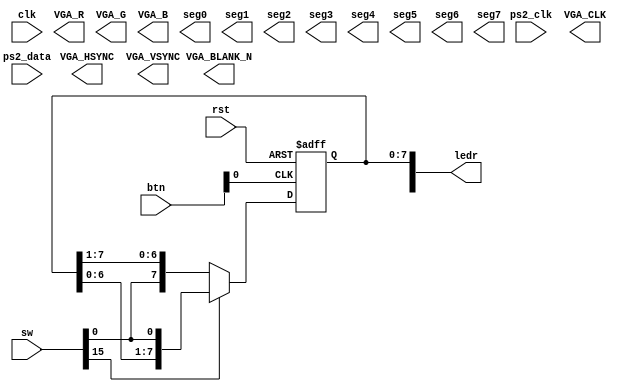


//ledr[7:0]
//btn[0]nvboard
//sw[0]
//sw[15]1:0:


module top(
    input clk,
    input rst,
    input [4:0] btn,
    input [15:0] sw,
    input ps2_clk,
    input ps2_data,
    output [15:0] ledr,
    output VGA_CLK,
    output VGA_HSYNC,
    output VGA_VSYNC,
    output VGA_BLANK_N,
    output [7:0] VGA_R,
    output [7:0] VGA_G,
    output [7:0] VGA_B,
    output [7:0] seg0,
    output [7:0] seg1,
    output [7:0] seg2,
    output [7:0] seg3,
    output [7:0] seg4,
    output [7:0] seg5,
    output [7:0] seg6,
    output [7:0] seg7
);



reg [7:0]q;


assign ledr[7:0] = q;

always@(posedge btn[0] or posedge rst) begin
    if(rst == 1'b1) begin
        q <= 8'b0;
    end
    else begin
        if(sw[15]==1'b0) begin
            q <= {sw[0],q[7:1]};
        end
        else begin
            q<= {q[6:0],sw[0]};
        end
    end
end





endmodule